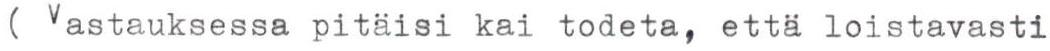
( Vastauksessa pitäisi kai todeta, että loistavasti